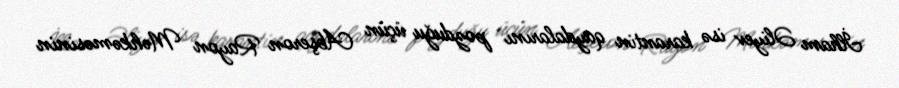
İlham Əliyev isə karantin qaydalarını pozduğu üçün Abşeron Rayon Məhkəməsinin